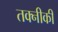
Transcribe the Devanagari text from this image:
तक्नीकी